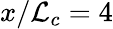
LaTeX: x/\mathcal{L}_{c}=4